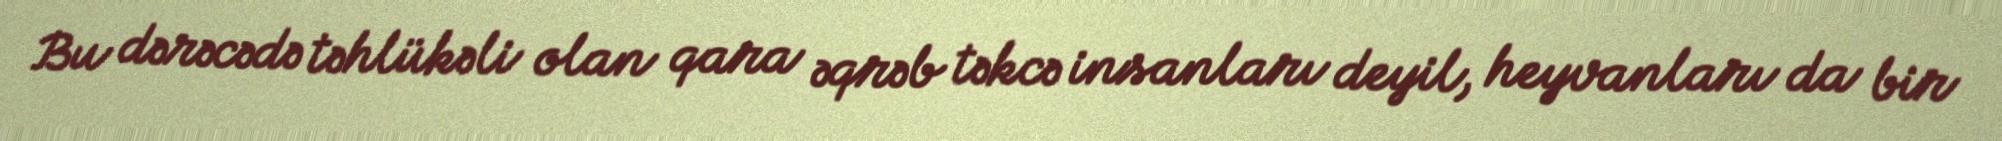
Bu dərəcədə təhlükəli olan qara əqrəb təkcə insanları deyil, heyvanları da bir